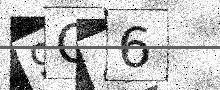
Text: 9O46